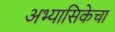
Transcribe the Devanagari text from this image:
अभ्यासिकेचा